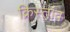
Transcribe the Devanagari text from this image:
क्रिस्तांव